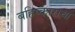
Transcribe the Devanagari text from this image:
बहिष्काराचा